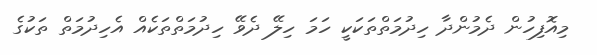
މިއޮފިހުން ދެމުންދާ ހިދުމަތްތަކަކީ ހަމަ ހިލޭ ދެވޭ ހިދުމަތްތަކެއް އެހިދުމަތް ތަކުގެ